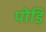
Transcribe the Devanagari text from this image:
पोड़ि